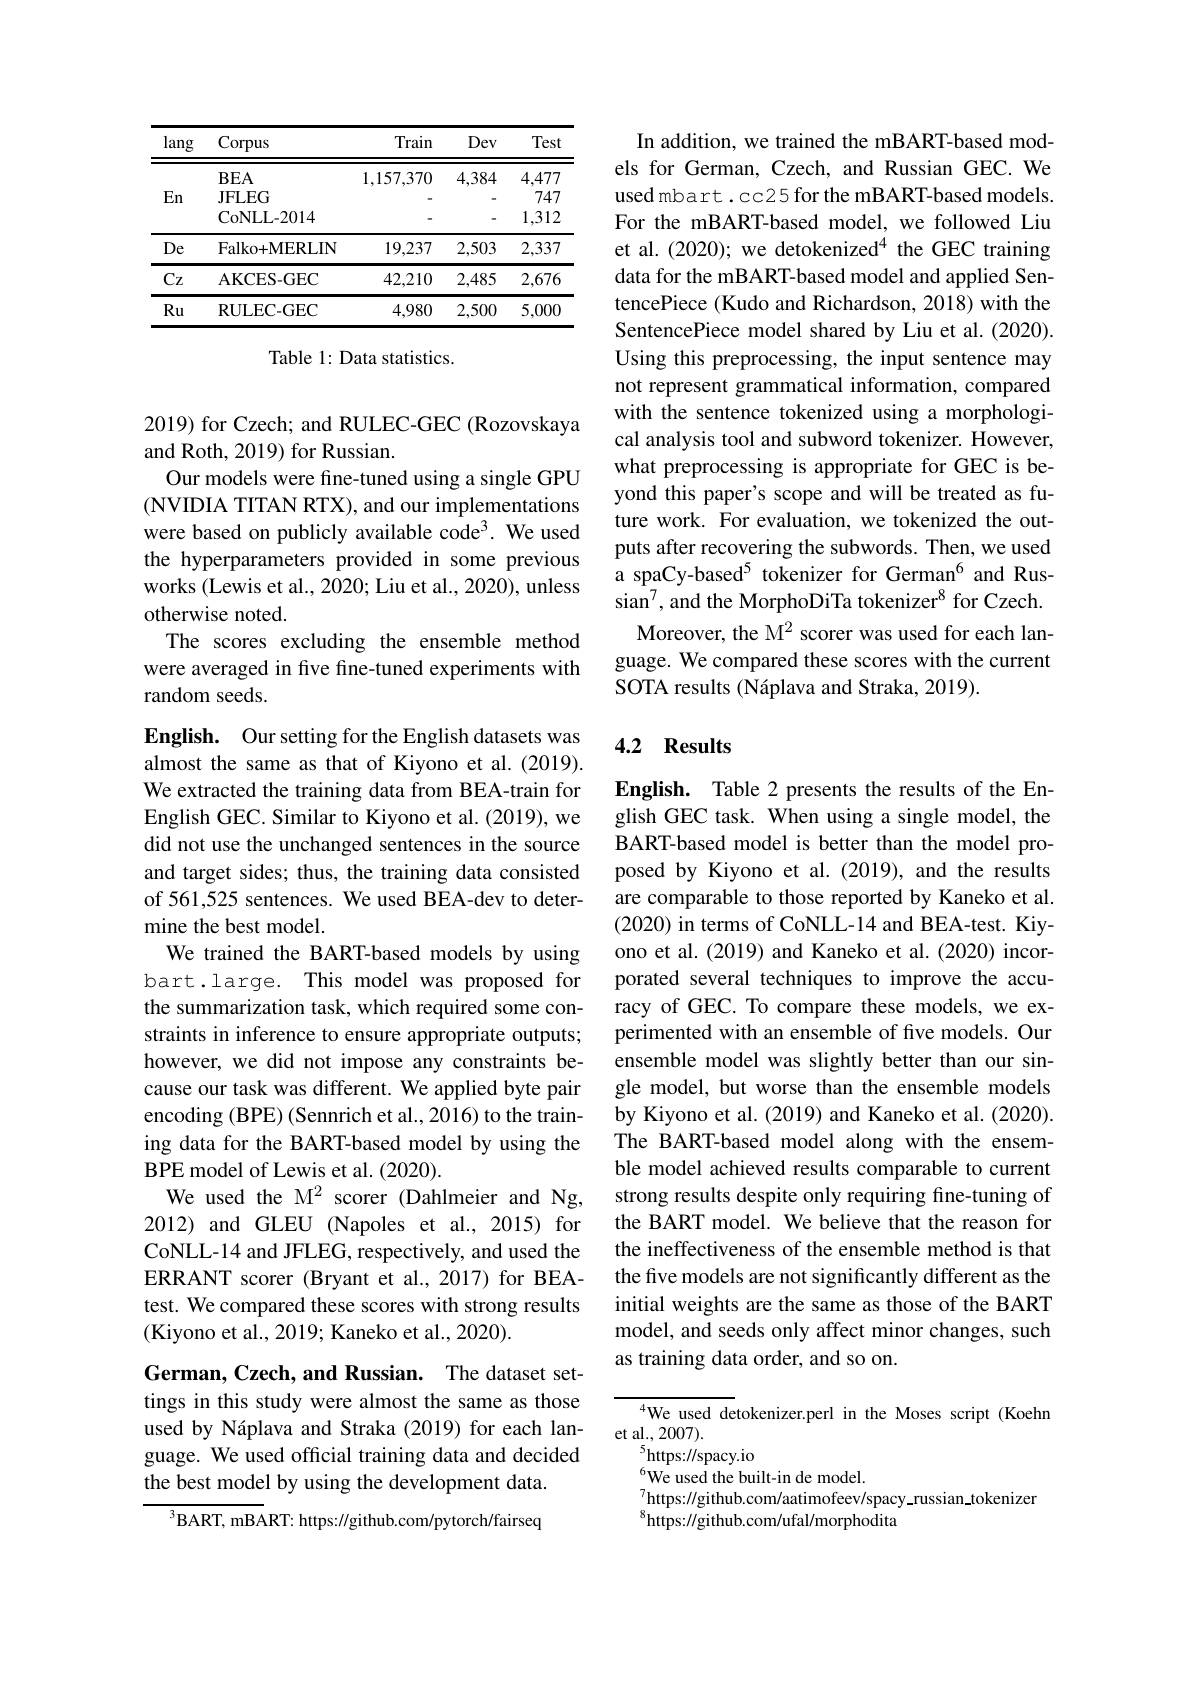
<table>
	<tbody>
		<tr>
			<th>lang</th>
			<th>Corpus</th>
			<th>Train</th>
			<th>Dev</th>
			<th>Test</th>
		</tr>
		<tr>
			<td>En</td>
			<td>$BEA$ JFLEG CoNLL- 2014</td>
			<td>1,157,370</td>
			<td>4,384</td>
			<td>4,477 747 1,312</td>
		</tr>
		<tr>
			<td>De</td>
			<td>Falko+ MERLIN</td>
			<td>19,237</td>
			<td>2,503</td>
			<td>2,337</td>
		</tr>
		<tr>
			<td>$CZ$</td>
			<td>${\mathrm{AKCES-GEC}}$</td>
			<td>42,210</td>
			<td>2,485</td>
			<td>2,676</td>
		</tr>
		<tr>
			<td>$Ru$</td>
			<td>RULEC- GEC</td>
			<td>4,980</td>
			<td>2,500</td>
			<td>5,000</td>
		</tr>
	</tbody>
</table>

Table 1: Data statistics.

2019) for Czech; and RULEC-GEC (Rozovskaya
and Roth, 2019) for Russian.
Our models were fine-tuned using a single GPU (NVIDIA TITAN RTX), and our implementations were based on publicly available code$^{3}.$ We used the hyperparameters provided in some previous works (Lewis et al., 2020; Liu et al., 2020), unless otherwise noted.
The scores excluding the ensemble method were averaged in five fine-tuned experiments with random seeds.

English. Our setting for the English datasets was almost the same as that of Kiyono et al.(2019). We extracted the training data from BEA-train for English GEC. Similar to Kiyono et al. (2019), we did not use the unchanged sentences in the source and target sides; thus, the training data consisted of 561,525 sentences. We used BEA-dev to determine the best model.
We trained the BART-based models by using bart.large. This model was proposed for the summarization task, which required some constraints in inference to ensure appropriate outputs; however, we did not impose any constraints because our task was different. We applied byte pair encoding (BPE) (Sennrich et al., 2016) to the training data for the BART-based model by using the BPE model of Lewis et al. (2020).
We used the M$^{2}$ scorer (Dahlmeier and Ng, 2012) and GLEU (Napoles et al., 2015) for CoNLL-14 and JFLEG, respectively, and used the ERRANT scorer (Bryant et al.,2017) for BEAtest. We compared these scores with strong results (Kiyono et al., 2019; Kaneko et al., 2020).

German, Czech, and Russian. The dataset settings in this study were almost the same as those used by Náplava and Straka (2019) for each language. We used official training data and decided the best model by using the development data.

$^{3}$BART, mBART: https://github.com/pytorch/fairseq

In addition, we trained the mBART-based models for German, Czech, and Russian GEC. We used mbart.cc25 for the mBART-based models. For the mBART-based model, we followed Liu et al.(2020); we detokenized$^4$ the GEC training data for the mBART-based model and applied SentencePiece (Kudo and Richardson, 2018) with the SentencePiece model shared by Liu et al. (2020). Using this preprocessing, the input sentence may not represent grammatical information, compared with the sentence tokenized using a morphological analysis tool and subword tokenizer. However, what preprocessing is appropriate for GEC is beyond this paper's scope and will be treated as future work. For evaluation, we tokenized the outputs after recovering the subwords. Then, we used a spaCy-based$^{5}$ tokenizer for German$^{6}$ and Russian$^{7}$, and the MorphoDiTa tokenizer$^{8}$ for Czech.
Moreover, the M$^2$ scorer was used for each language. We compared these scores with the current SOTA results (Náplava and Straka, 2019).

## 4.2 Results

English. Table 2 presents the results of the English GEC task. When using a single model, the BART-based model is better than the model proposed by Kiyono et al.(2019), and the results are comparable to those reported by Kaneko et al. (2020) in terms of CoNLL-14 and BEA-test. Kiyono et al.(2019) and Kaneko et al.(2020) incorporated several techniques to improve the accuracy of GEC. To compare these models, we experimented with an ensemble of five models. Our ensemble model was slightly better than our single model, but worse than the ensemble models by Kiyono et al.(2019) and Kaneko et al.(2020). The BART-based model along with the ensemble model achieved results comparable to current strong results despite only requiring fine-tuning of the BART model. We believe that the reason for the ineffectiveness of the ensemble method is that the five models are not significantly different as the initial weights are the same as those of the BART model, and seeds only affect minor changes, such as training data order, and so on.

$^{4}$We used detokenizer.perl in the Moses script (Koehn
et al., 2007).
$^5$https://spacy.io
$^{6}$We used the built-in de model.
$_{8}^{7}$https://github.com/aatimofeev/spacy\_russian\_tokenizer
$^{8}$https://github.com/ufal/morphodita